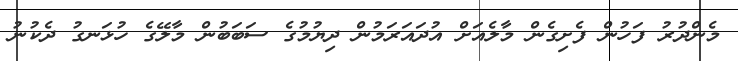
މެންދުރު ފަހުން ފެށިގެން މާލެއަށް އުދައަރަމުން ދިޔުމުގެ ސަބަބުން މާލޭގެ ހުޅަނގު ދެކުނު